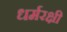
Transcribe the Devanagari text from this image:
धर्मरक्षी